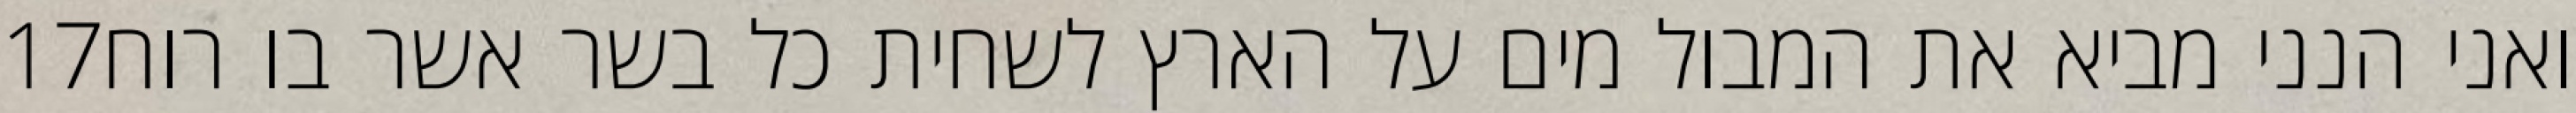
‎17‏ ואני הנני מביא את המבול מים על הארץ לשחית כל בשר אשר בו רוח